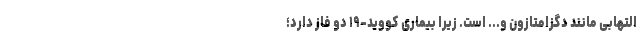
التهابی مانند دگزامتازون و... است. زیرا بیماری کووید-۱۹ دو فاز دارد؛